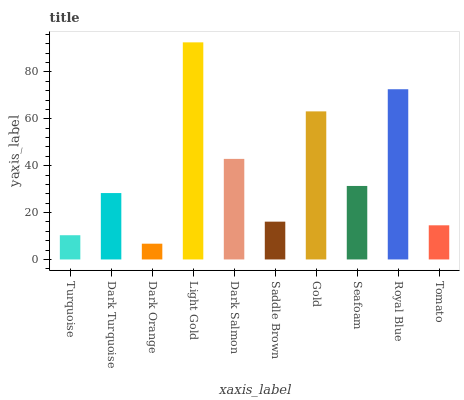
| xaxis_label | bars |
 | --- | --- |
 | Turquoise | 10.3 |
 | Dark Turquoise | 28.3 |
 | Dark Orange | 6.73 |
 | Light Gold | 92.6 |
 | Dark Salmon | 42.9 |
 | Saddle Brown | 16.1 |
 | Gold | 63.2 |
 | Seafoam | 31.4 |
 | Royal Blue | 72.6 |
 | Tomato | 14.6 |